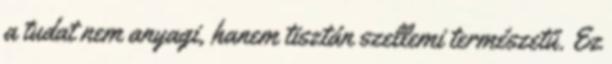
a tudat nem anyagi, hanem tisztán szellemi természetű. Ez